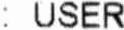
: USER